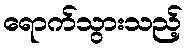
ရောက်သွားသည့်